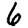
Digit: 6